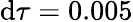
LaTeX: \mathrm{d}\tau=0.005